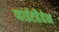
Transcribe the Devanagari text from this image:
व्हाईटहैवेन